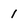
Character: 1